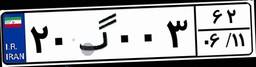
۲۰گ۰۰۳۶۲